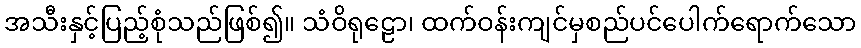
အသီးနှင့်ပြည့်စုံသည်ဖြစ်၍။ သံဝိရုဠော၊ ထက်ဝန်းကျင်မှစည်ပင်ပေါက်ရောက်သော